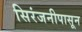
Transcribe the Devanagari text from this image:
सिरंजनीपासून